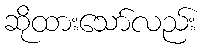
ဆိုထားသော်လည်း